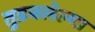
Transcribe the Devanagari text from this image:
तुडवलेल्या